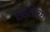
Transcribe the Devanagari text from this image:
संहतिंमधे